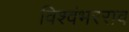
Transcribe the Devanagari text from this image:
विश्वंभरराव